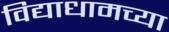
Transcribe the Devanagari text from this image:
विद्याधामच्या